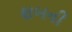
શબની